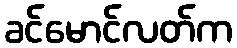
ခင်မောင်လတ်က